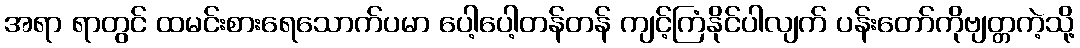
အရာ ရာတွင် ထမင်းစားရေသောက်ပမာ ပေါ့ပေါ့တန်တန် ကျင့်ကြံနိုင်ပါလျက် ပန်းတော်ကိုဗျတ္တကဲ့သို့